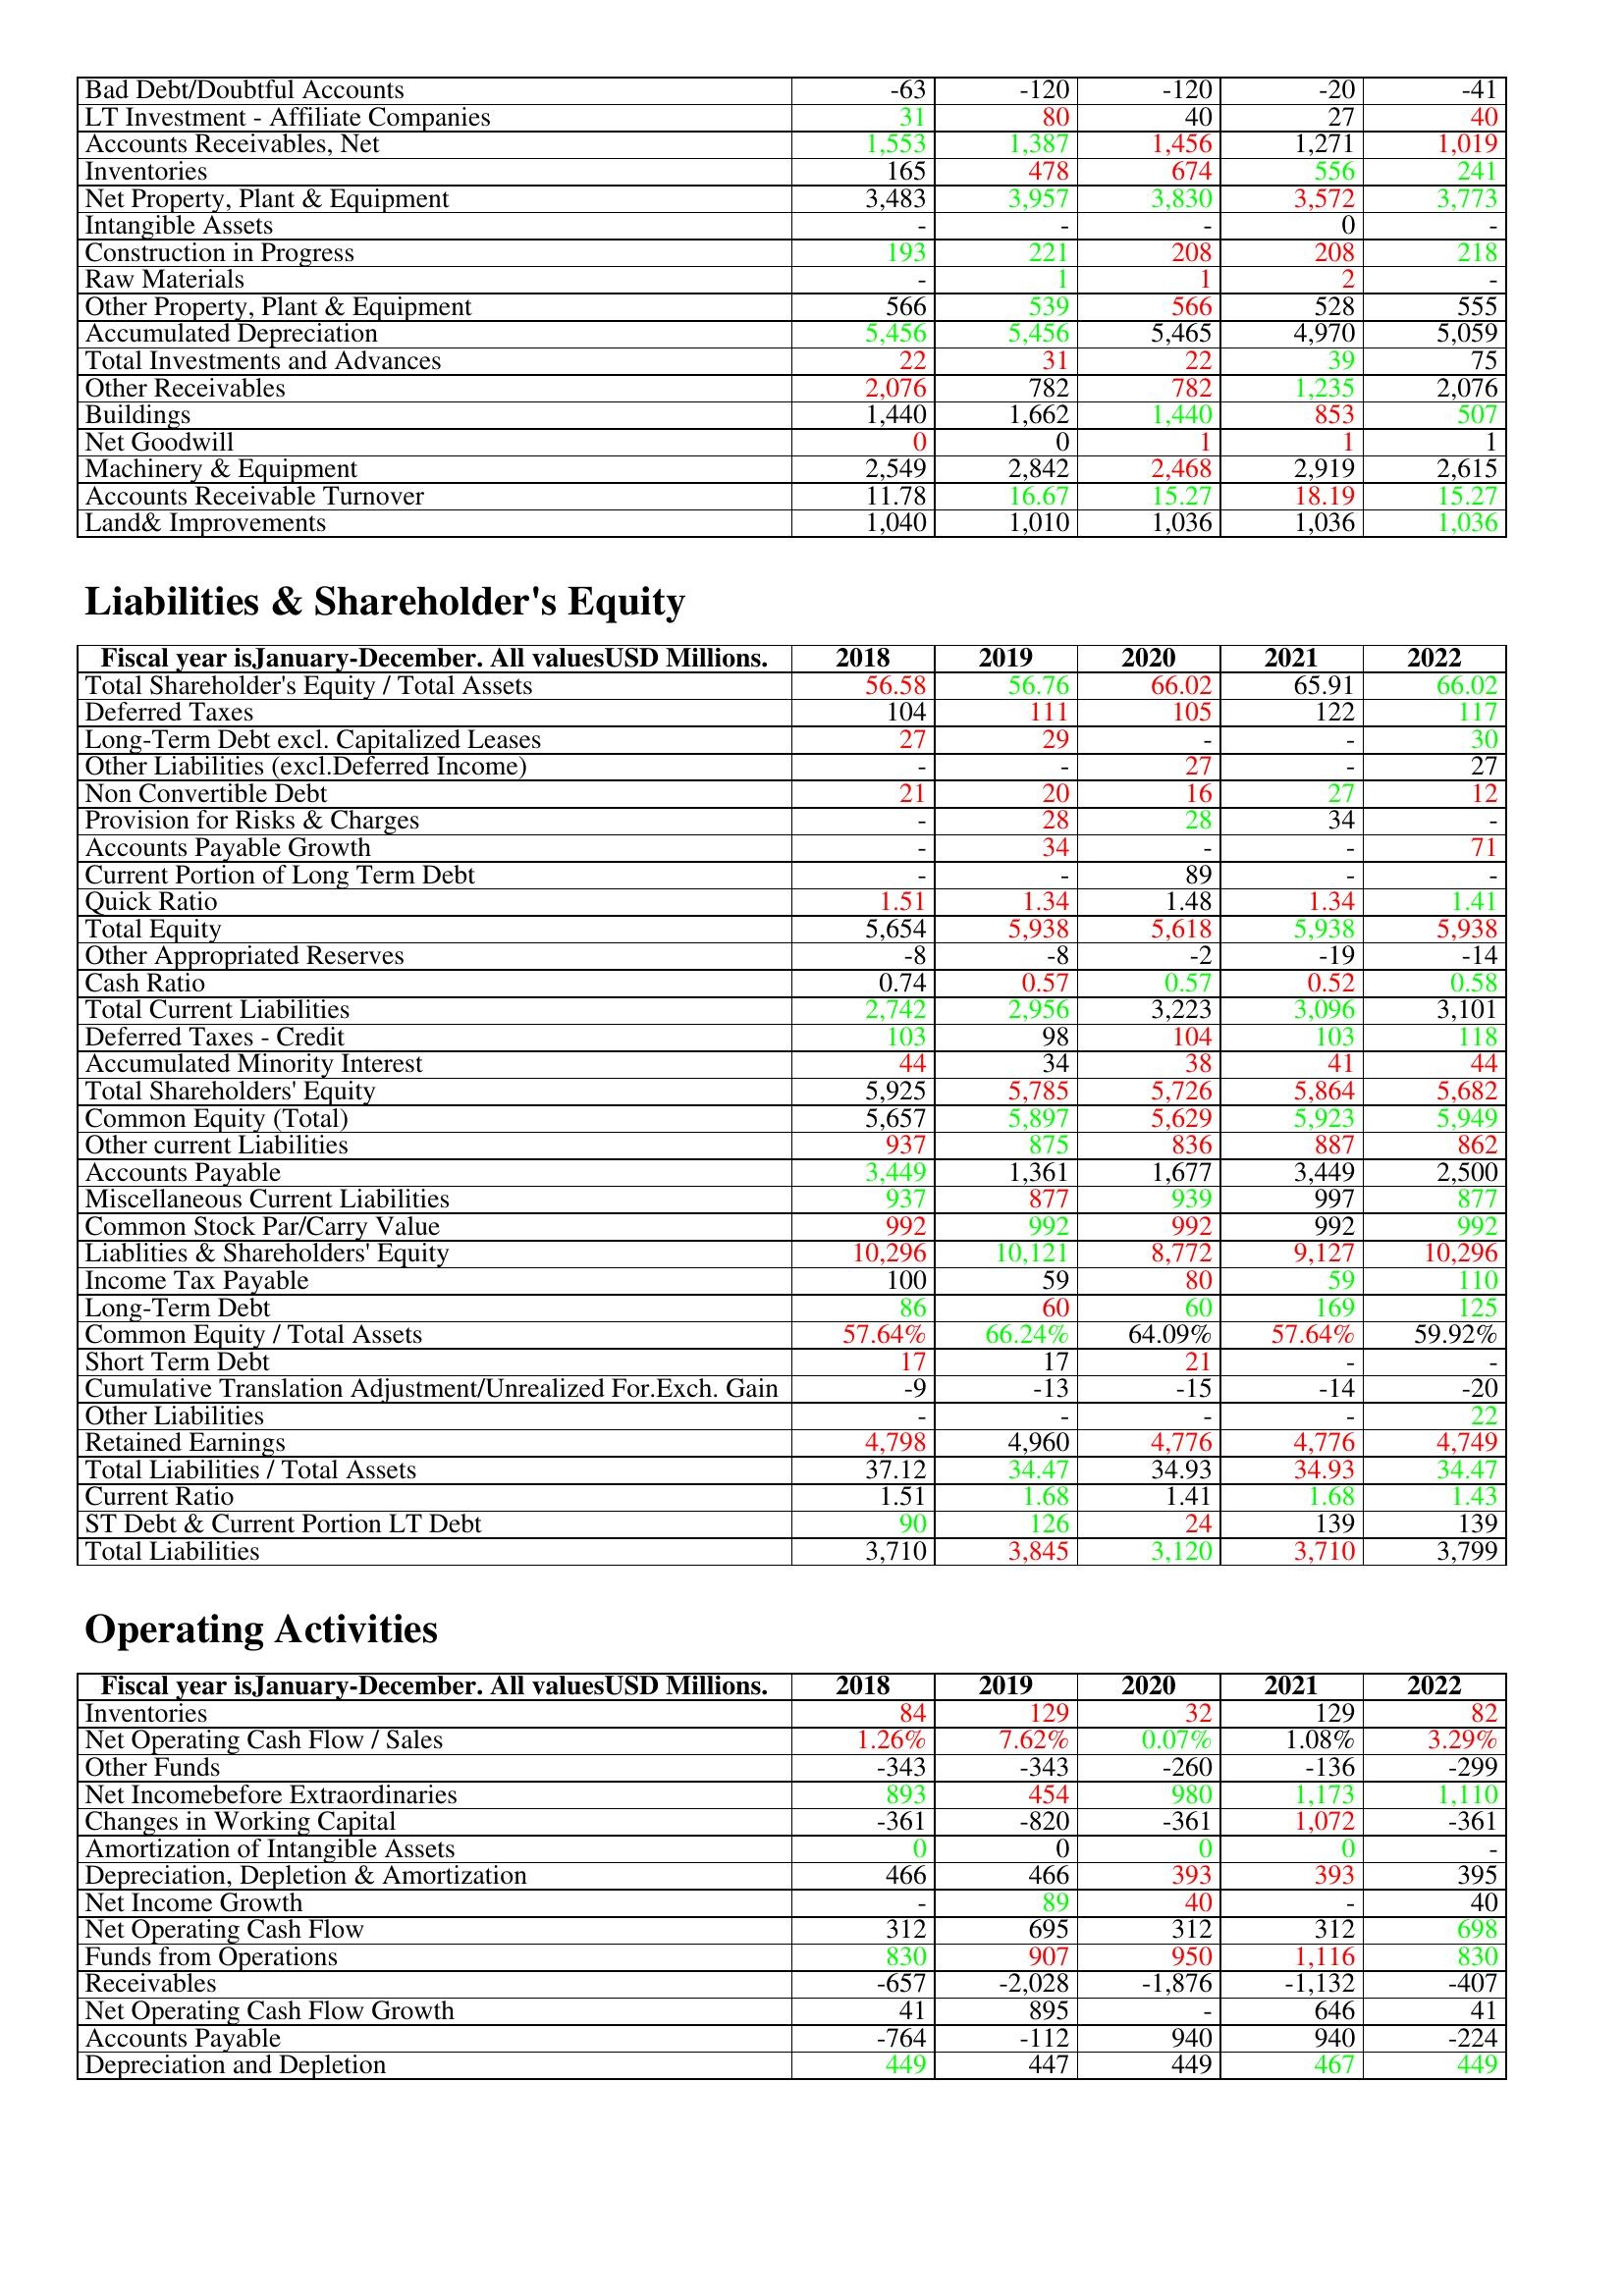
gt_parse: 2018: Assets: Bad Debt/Doubtful Accounts: -63
LT Investment - Affiliate Companies: 31
Accounts Receivables, Net: 1,553
Inventories: 165
Net Property, Plant & Equipment: 3,483
Intangible Assets: -
Construction in Progress: 193
Raw Materials: -
Other Property, Plant & Equipment: 566
Accumulated Depreciation: 5,456
Total Investments and Advances: 22
Other Receivables: 2,076
Buildings: 1,440
Net Goodwill: 0
Machinery & Equipment: 2,549
Accounts Receivable Turnover: 11.78
Land& Improvements: 1,040
Liabilities & Shareholder's Equity: Total Shareholder's Equity / Total Assets: 56.58
Deferred Taxes: 104
Long-Term Debt excl. Capitalized Leases: 27
Other Liabilities (excl.Deferred Income): -
Non Convertible Debt: 21
Provision for Risks & Charges: -
Accounts Payable Growth: -
Current Portion of Long Term Debt: -
Quick Ratio: 1.51
Total Equity: 5,654
Other Appropriated Reserves: -8
Cash Ratio: 0.74
Total Current Liabilities: 2,742
Deferred Taxes - Credit: 103
Accumulated Minority Interest: 44
Total Shareholders' Equity: 5,925
Common Equity (Total): 5,657
Other current Liabilities: 937
Accounts Payable: 3,449
Miscellaneous Current Liabilities: 937
Common Stock Par/Carry Value: 992
Liablities & Shareholders' Equity: 10,296
Income Tax Payable: 100
Long-Term Debt: 86
Common Equity / Total Assets: 57.64%
Short Term Debt: 17
Cumulative Translation Adjustment/Unrealized For.Exch. Gain: -9
Other Liabilities: -
Retained Earnings: 4,798
Total Liabilities / Total Assets: 37.12
Current Ratio: 1.51
ST Debt & Current Portion LT Debt: 90
Total Liabilities: 3,710
Operating Activities: Inventories: 84
Net Operating Cash Flow / Sales: 1.26%
Other Funds: -343
Net Incomebefore Extraordinaries: 893
Changes in Working Capital: -361
Amortization of Intangible Assets: 0
Depreciation, Depletion & Amortization: 466
Net Income Growth: -
Net Operating Cash Flow: 312
Funds from Operations: 830
Receivables: -657
Net Operating Cash Flow Growth: 41
Accounts Payable: -764
Depreciation and Depletion: 449
2019: Assets: Bad Debt/Doubtful Accounts: -120
LT Investment - Affiliate Companies: 80
Accounts Receivables, Net: 1,387
Inventories: 478
Net Property, Plant & Equipment: 3,957
Intangible Assets: -
Construction in Progress: 221
Raw Materials: 1
Other Property, Plant & Equipment: 539
Accumulated Depreciation: 5,456
Total Investments and Advances: 31
Other Receivables: 782
Buildings: 1,662
Net Goodwill: 0
Machinery & Equipment: 2,842
Accounts Receivable Turnover: 16.67
Land& Improvements: 1,010
Liabilities & Shareholder's Equity: Total Shareholder's Equity / Total Assets: 56.76
Deferred Taxes: 111
Long-Term Debt excl. Capitalized Leases: 29
Other Liabilities (excl.Deferred Income): -
Non Convertible Debt: 20
Provision for Risks & Charges: 28
Accounts Payable Growth: 34
Current Portion of Long Term Debt: -
Quick Ratio: 1.34
Total Equity: 5,938
Other Appropriated Reserves: -8
Cash Ratio: 0.57
Total Current Liabilities: 2,956
Deferred Taxes - Credit: 98
Accumulated Minority Interest: 34
Total Shareholders' Equity: 5,785
Common Equity (Total): 5,897
Other current Liabilities: 875
Accounts Payable: 1,361
Miscellaneous Current Liabilities: 877
Common Stock Par/Carry Value: 992
Liablities & Shareholders' Equity: 10,121
Income Tax Payable: 59
Long-Term Debt: 60
Common Equity / Total Assets: 66.24%
Short Term Debt: 17
Cumulative Translation Adjustment/Unrealized For.Exch. Gain: -13
Other Liabilities: -
Retained Earnings: 4,960
Total Liabilities / Total Assets: 34.47
Current Ratio: 1.68
ST Debt & Current Portion LT Debt: 126
Total Liabilities: 3,845
Operating Activities: Inventories: 129
Net Operating Cash Flow / Sales: 7.62%
Other Funds: -343
Net Incomebefore Extraordinaries: 454
Changes in Working Capital: -820
Amortization of Intangible Assets: 0
Depreciation, Depletion & Amortization: 466
Net Income Growth: 89
Net Operating Cash Flow: 695
Funds from Operations: 907
Receivables: -2,028
Net Operating Cash Flow Growth: 895
Accounts Payable: -112
Depreciation and Depletion: 447
2020: Assets: Bad Debt/Doubtful Accounts: -120
LT Investment - Affiliate Companies: 40
Accounts Receivables, Net: 1,456
Inventories: 674
Net Property, Plant & Equipment: 3,830
Intangible Assets: -
Construction in Progress: 208
Raw Materials: 1
Other Property, Plant & Equipment: 566
Accumulated Depreciation: 5,465
Total Investments and Advances: 22
Other Receivables: 782
Buildings: 1,440
Net Goodwill: 1
Machinery & Equipment: 2,468
Accounts Receivable Turnover: 15.27
Land& Improvements: 1,036
Liabilities & Shareholder's Equity: Total Shareholder's Equity / Total Assets: 66.02
Deferred Taxes: 105
Long-Term Debt excl. Capitalized Leases: -
Other Liabilities (excl.Deferred Income): 27
Non Convertible Debt: 16
Provision for Risks & Charges: 28
Accounts Payable Growth: -
Current Portion of Long Term Debt: 89
Quick Ratio: 1.48
Total Equity: 5,618
Other Appropriated Reserves: -2
Cash Ratio: 0.57
Total Current Liabilities: 3,223
Deferred Taxes - Credit: 104
Accumulated Minority Interest: 38
Total Shareholders' Equity: 5,726
Common Equity (Total): 5,629
Other current Liabilities: 836
Accounts Payable: 1,677
Miscellaneous Current Liabilities: 939
Common Stock Par/Carry Value: 992
Liablities & Shareholders' Equity: 8,772
Income Tax Payable: 80
Long-Term Debt: 60
Common Equity / Total Assets: 64.09%
Short Term Debt: 21
Cumulative Translation Adjustment/Unrealized For.Exch. Gain: -15
Other Liabilities: -
Retained Earnings: 4,776
Total Liabilities / Total Assets: 34.93
Current Ratio: 1.41
ST Debt & Current Portion LT Debt: 24
Total Liabilities: 3,120
Operating Activities: Inventories: 32
Net Operating Cash Flow / Sales: 0.07%
Other Funds: -260
Net Incomebefore Extraordinaries: 980
Changes in Working Capital: -361
Amortization of Intangible Assets: 0
Depreciation, Depletion & Amortization: 393
Net Income Growth: 40
Net Operating Cash Flow: 312
Funds from Operations: 950
Receivables: -1,876
Net Operating Cash Flow Growth: -
Accounts Payable: 940
Depreciation and Depletion: 449
2021: Assets: Bad Debt/Doubtful Accounts: -20
LT Investment - Affiliate Companies: 27
Accounts Receivables, Net: 1,271
Inventories: 556
Net Property, Plant & Equipment: 3,572
Intangible Assets: 0
Construction in Progress: 208
Raw Materials: 2
Other Property, Plant & Equipment: 528
Accumulated Depreciation: 4,970
Total Investments and Advances: 39
Other Receivables: 1,235
Buildings: 853
Net Goodwill: 1
Machinery & Equipment: 2,919
Accounts Receivable Turnover: 18.19
Land& Improvements: 1,036
Liabilities & Shareholder's Equity: Total Shareholder's Equity / Total Assets: 65.91
Deferred Taxes: 122
Long-Term Debt excl. Capitalized Leases: -
Other Liabilities (excl.Deferred Income): -
Non Convertible Debt: 27
Provision for Risks & Charges: 34
Accounts Payable Growth: -
Current Portion of Long Term Debt: -
Quick Ratio: 1.34
Total Equity: 5,938
Other Appropriated Reserves: -19
Cash Ratio: 0.52
Total Current Liabilities: 3,096
Deferred Taxes - Credit: 103
Accumulated Minority Interest: 41
Total Shareholders' Equity: 5,864
Common Equity (Total): 5,923
Other current Liabilities: 887
Accounts Payable: 3,449
Miscellaneous Current Liabilities: 997
Common Stock Par/Carry Value: 992
Liablities & Shareholders' Equity: 9,127
Income Tax Payable: 59
Long-Term Debt: 169
Common Equity / Total Assets: 57.64%
Short Term Debt: -
Cumulative Translation Adjustment/Unrealized For.Exch. Gain: -14
Other Liabilities: -
Retained Earnings: 4,776
Total Liabilities / Total Assets: 34.93
Current Ratio: 1.68
ST Debt & Current Portion LT Debt: 139
Total Liabilities: 3,710
Operating Activities: Inventories: 129
Net Operating Cash Flow / Sales: 1.08%
Other Funds: -136
Net Incomebefore Extraordinaries: 1,173
Changes in Working Capital: 1,072
Amortization of Intangible Assets: 0
Depreciation, Depletion & Amortization: 393
Net Income Growth: -
Net Operating Cash Flow: 312
Funds from Operations: 1,116
Receivables: -1,132
Net Operating Cash Flow Growth: 646
Accounts Payable: 940
Depreciation and Depletion: 467
2022: Assets: Bad Debt/Doubtful Accounts: -41
LT Investment - Affiliate Companies: 40
Accounts Receivables, Net: 1,019
Inventories: 241
Net Property, Plant & Equipment: 3,773
Intangible Assets: -
Construction in Progress: 218
Raw Materials: -
Other Property, Plant & Equipment: 555
Accumulated Depreciation: 5,059
Total Investments and Advances: 75
Other Receivables: 2,076
Buildings: 507
Net Goodwill: 1
Machinery & Equipment: 2,615
Accounts Receivable Turnover: 15.27
Land& Improvements: 1,036
Liabilities & Shareholder's Equity: Total Shareholder's Equity / Total Assets: 66.02
Deferred Taxes: 117
Long-Term Debt excl. Capitalized Leases: 30
Other Liabilities (excl.Deferred Income): 27
Non Convertible Debt: 12
Provision for Risks & Charges: -
Accounts Payable Growth: 71
Current Portion of Long Term Debt: -
Quick Ratio: 1.41
Total Equity: 5,938
Other Appropriated Reserves: -14
Cash Ratio: 0.58
Total Current Liabilities: 3,101
Deferred Taxes - Credit: 118
Accumulated Minority Interest: 44
Total Shareholders' Equity: 5,682
Common Equity (Total): 5,949
Other current Liabilities: 862
Accounts Payable: 2,500
Miscellaneous Current Liabilities: 877
Common Stock Par/Carry Value: 992
Liablities & Shareholders' Equity: 10,296
Income Tax Payable: 110
Long-Term Debt: 125
Common Equity / Total Assets: 59.92%
Short Term Debt: -
Cumulative Translation Adjustment/Unrealized For.Exch. Gain: -20
Other Liabilities: 22
Retained Earnings: 4,749
Total Liabilities / Total Assets: 34.47
Current Ratio: 1.43
ST Debt & Current Portion LT Debt: 139
Total Liabilities: 3,799
Operating Activities: Inventories: 82
Net Operating Cash Flow / Sales: 3.29%
Other Funds: -299
Net Incomebefore Extraordinaries: 1,110
Changes in Working Capital: -361
Amortization of Intangible Assets: -
Depreciation, Depletion & Amortization: 395
Net Income Growth: 40
Net Operating Cash Flow: 698
Funds from Operations: 830
Receivables: -407
Net Operating Cash Flow Growth: 41
Accounts Payable: -224
Depreciation and Depletion: 449